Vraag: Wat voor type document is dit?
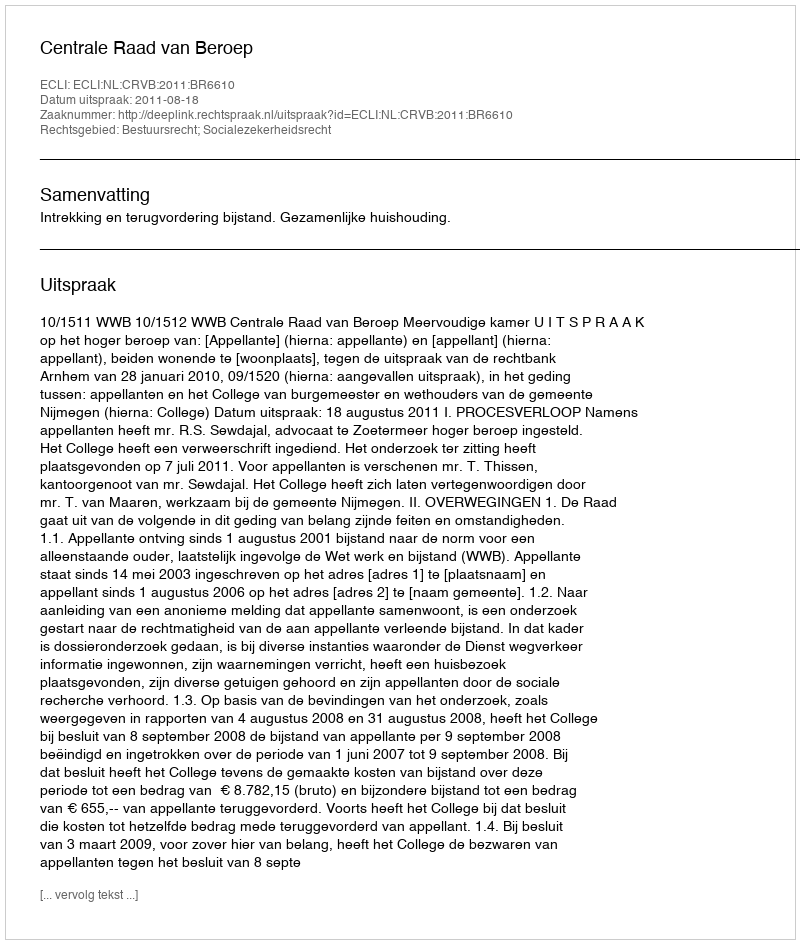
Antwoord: Uitspraak